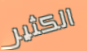
الكثير